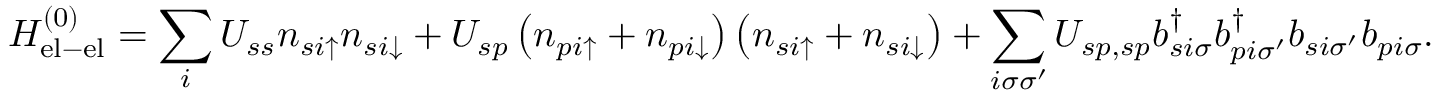
H _ { \mathrm { e l - e l } } ^ { ( 0 ) } = \sum _ { i } U _ { s s } n _ { s i \uparrow } n _ { s i \downarrow } + U _ { s p } \left( n _ { p i \uparrow } + n _ { p i \downarrow } \right) \left( n _ { s i \uparrow } + n _ { s i \downarrow } \right) + \sum _ { i \sigma \sigma ^ { \prime } } U _ { s p , s p } b _ { s i \sigma } ^ { \dagger } b _ { p i \sigma ^ { \prime } } ^ { \dagger } b _ { s i \sigma ^ { \prime } } b _ { p i \sigma } .